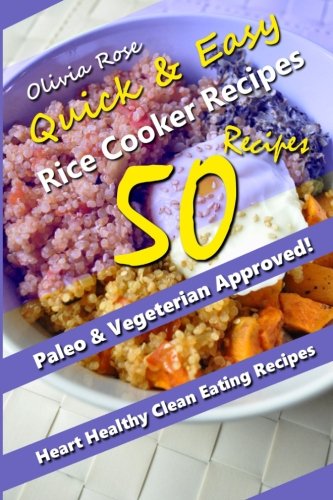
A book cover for Quick & Easy Recipes: Over 50 Simple and Delicious Vegan & Vegetarian Rice Cooker Recipes That Anyone Can Make! Recipes for Weight Loss & Overall ... (Rice cooker Recipes - Rice Cooker Cookbook); Olivia Rose; Cookbooks, Food & Wine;